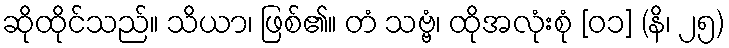
ဆိုထိုင်သည်။ သိယာ၊ ဖြစ်၏။ တံ သဗ္ဗံ၊ ထိုအလုံးစုံ [၀၁] (နိ၊ ၂၅)